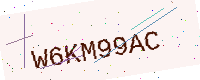
Text: W6KM99AC